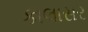
કાલાસર